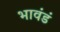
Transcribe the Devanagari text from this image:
भावंडं